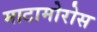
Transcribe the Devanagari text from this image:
माटामोरोस